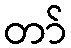
တာ်